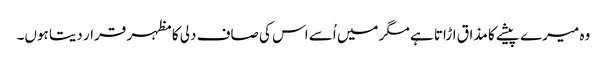
وہ میرے پیشے کا مذاق اڑاتا ہے مگر میں اُسے اس کی صاف دلی کا مظہر قرار دیتا ہوں۔